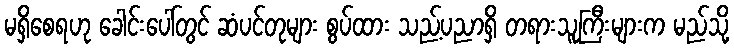
မရှိစေရဟု ခေါင်းပေါ်တွင် ဆံပင်တုများ စွပ်ထား သည့်ပညာရှိ တရားသူကြီးများက မည်သို့